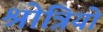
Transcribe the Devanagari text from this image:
श्रोत्रियो